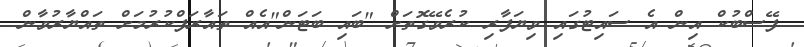
ފޭސްބުކް އިން އެ ސައިޓުގައި ވިޔަފާރި ކުރެވޭގޮތަށް "ބައި ބަޓަން"އެއް ތައާރަފްކުރުމަށް ތައްޔާރުވާން